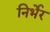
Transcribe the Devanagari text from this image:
निर्भेर